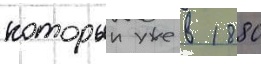
которыи уже в 1880